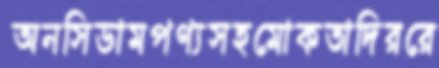
অনসিডামপণ্যসহমোকতাদিররে